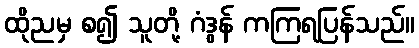
ထိုညမှ စ၍ သူတို့ ဂံဒွန် ကကြရပြန်သည်။